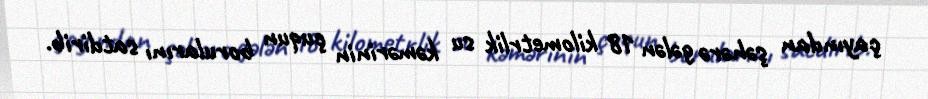
çayından şəhərə gələn 18 kilometrlik su kəmərinin çuqun borularını satdirib.